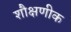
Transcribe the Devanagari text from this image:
शौक्षणीक